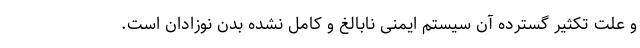
و علت تکثیر گسترده آن سیستم ایمنی نابالغ و کامل نشده بدن نوزادان است.